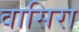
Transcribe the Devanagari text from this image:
वासिरा